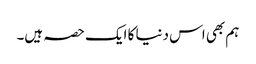
ہم بھی اس دنیا کا ایک حصہ ہیں۔